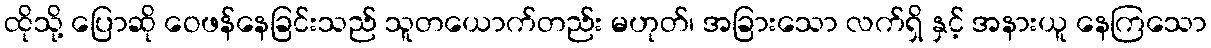
ထိုသို့ ပြောဆို ဝေဖန်နေခြင်းသည် သူတယောက်တည်း မဟုတ်၊ အခြားသော လက်ရှိ နှင့် အနားယူ နေကြသော